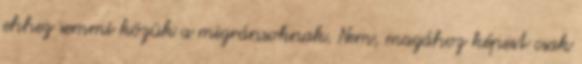
ehhez semmi közük a migránsoknak. Nem, magához képest csak